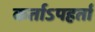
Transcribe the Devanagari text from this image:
कर्ताऽपहर्ता